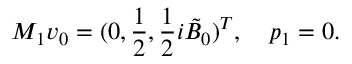
M _ { 1 } \boldsymbol { v } _ { 0 } = ( 0 , \frac { 1 } { 2 } , \frac { 1 } { 2 } i \tilde { B } _ { 0 } ) ^ { T } , \quad p _ { 1 } = 0 .